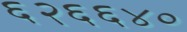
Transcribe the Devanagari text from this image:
६२६६४०